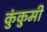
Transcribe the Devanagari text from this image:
कुंकुमी